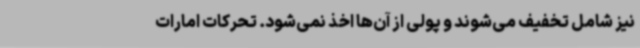
نیز شامل تخفیف می‌شوند و پولی از آن‌ها اخذ نمی‌شود. تحرکات امارات